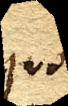
quod